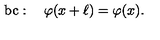
\mathrm { b c } : \quad \varphi ( x + \ell ) = \varphi ( x ) .